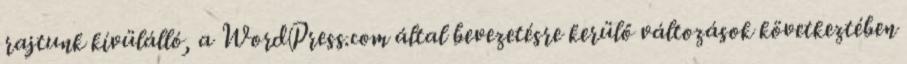
rajtunk kívülálló, a WordPress.com által bevezetésre kerülő változások következtében